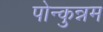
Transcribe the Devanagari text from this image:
पोन्कुन्नम